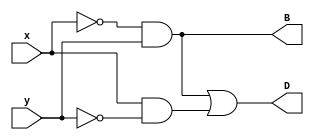
module half_subt(D,B,x,y);
output D,B;
input x,y;
assign D = (~x&y | x&~y);
assign B = (~x)&y;
endmodule

module simand;
reg x,y;
wire D,B;

half_subt h(D,B,x,y);

initial begin
$monitor("x=%d,y=%d,D=%d,B=%d",x,y,D,B);

x=1'b0;
y=1'b0;
#10
x = 1'b0;
y=1'b1;
#10
x = 1'b1;
y=1'b0;
#10
x = 1'b1;
y=1'b1;
end

endmodule